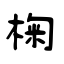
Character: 椈